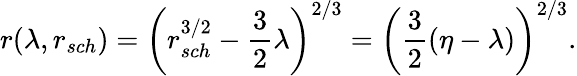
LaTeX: r(\lambda,r_{sch})=\left(r_{sch}^{3/2}-{\frac{3}{2}}\lambda\right)^{2/3}=\left({\frac{3}{2}}(\eta-\lambda)\right)^{2/3}.